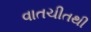
વાતચીતથી